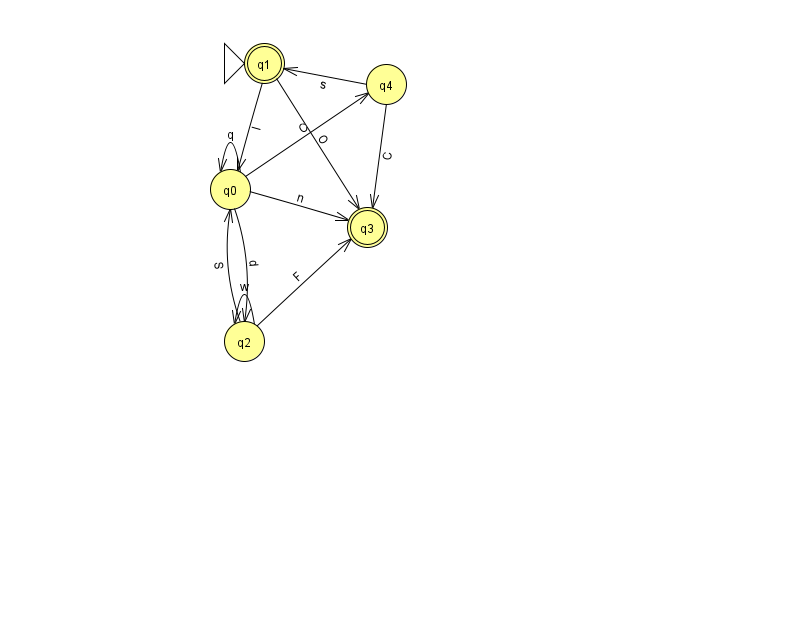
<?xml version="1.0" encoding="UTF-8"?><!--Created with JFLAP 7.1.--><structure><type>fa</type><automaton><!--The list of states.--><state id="0" name="q0"><x>230.0</x><y>176.0</y></state><state id="1" name="q1"><x>264.0</x><y>50.0</y><initial/><final/></state><state id="2" name="q2"><x>244.0</x><y>328.0</y></state><state id="3" name="q3"><x>367.0</x><y>214.0</y><final/></state><state id="4" name="q4"><x>386.0</x><y>71.0</y></state><!--The list of transitions.--><transition><from>0</from><to>0</to><read>q</read></transition><transition><from>1</from><to>0</to><read>l</read></transition><transition><from>2</from><to>0</to><read>S</read></transition><transition><from>0</from><to>4</to><read>C</read></transition><transition><from>1</from><to>3</to><read>O</read></transition><transition><from>4</from><to>3</to><read>C</read></transition><transition><from>2</from><to>3</to><read>F</read></transition><transition><from>0</from><to>2</to><read>d</read></transition><transition><from>2</from><to>2</to><read>w</read></transition><transition><from>0</from><to>3</to><read>n</read></transition><transition><from>4</from><to>1</to><read>s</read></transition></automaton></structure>